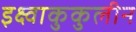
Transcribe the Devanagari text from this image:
इक्ष्वाकुकुलीन